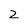
Character: Z